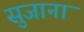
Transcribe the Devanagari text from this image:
सुजाना